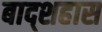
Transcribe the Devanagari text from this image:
बाद्शहास